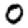
Digit: 0